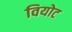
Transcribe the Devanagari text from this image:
वियोट